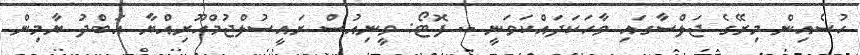
ހުސެއިން މިރޭގެ ޖަލްސާގައި ވާހަކަދައްކަވަނީ -- ފޮޓޯ: ވީނިއުސް ރައީސުލްޖުމްހޫރިއްޔާ އަބްދު ޔާމިން